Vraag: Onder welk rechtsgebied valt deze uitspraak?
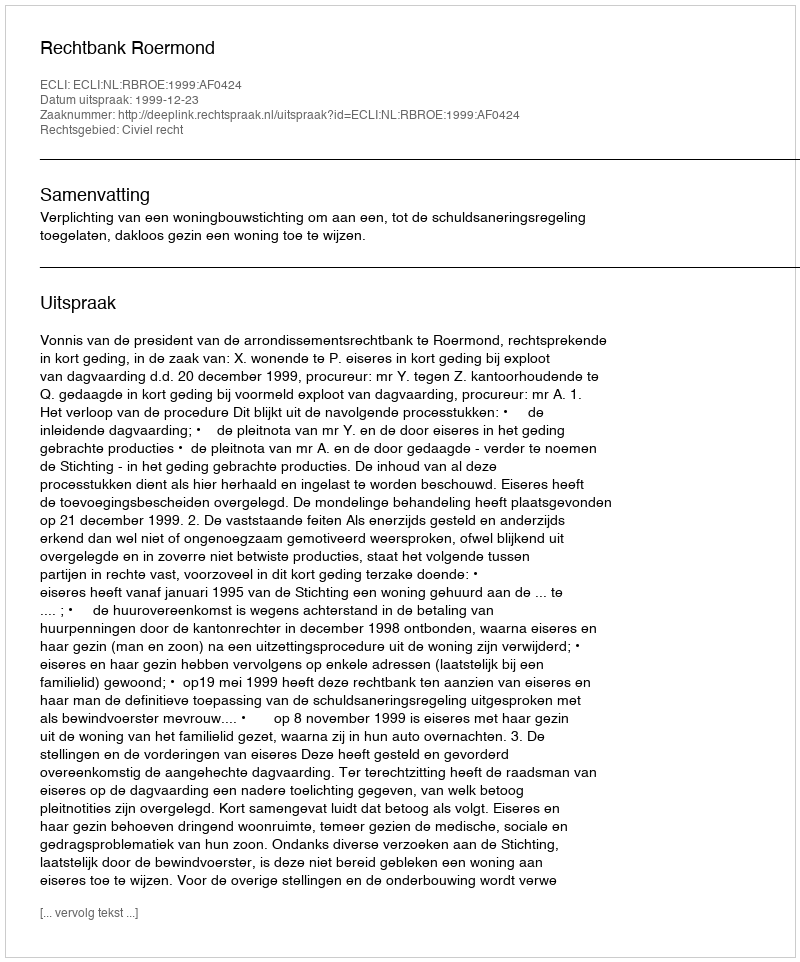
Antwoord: Civiel recht